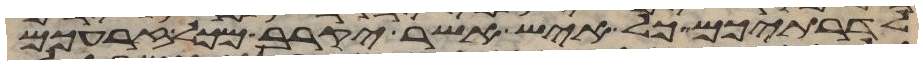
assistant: לדרתיכם כל איש אשר יקרב מכל זרעכם